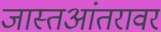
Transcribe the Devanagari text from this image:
जास्तआंतरावर